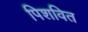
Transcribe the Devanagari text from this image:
पिशवित